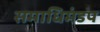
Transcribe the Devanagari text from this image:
समाधिमंडप